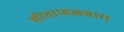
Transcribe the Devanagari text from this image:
सीताफळबाग